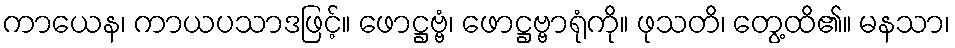
ကာယေန၊ ကာယပသာဒဖြင့်။ ဖောဋ္ဌဗ္ဗံ၊ ဖောဋ္ဌဗ္ဗာရုံကို။ ဖုသတိ၊ တွေ့ထိ၏။ မနသာ၊